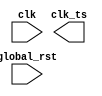
module Control_CLK(
				clk_ts,		// output: h0FC01
		
				clk,			// input:clock
				global_rst	// input:global_rst		
				);
				
output clk_ts;

input clk;
input global_rst;				
				
always @ (posedge clk or negedge global_rst)				
begin
	if (!global_rst)
	begin
	
	
	
	
	
	
	
	
	end
	else
	begin
	
	
	
	
	
		
	
	end







end


				
endmodule